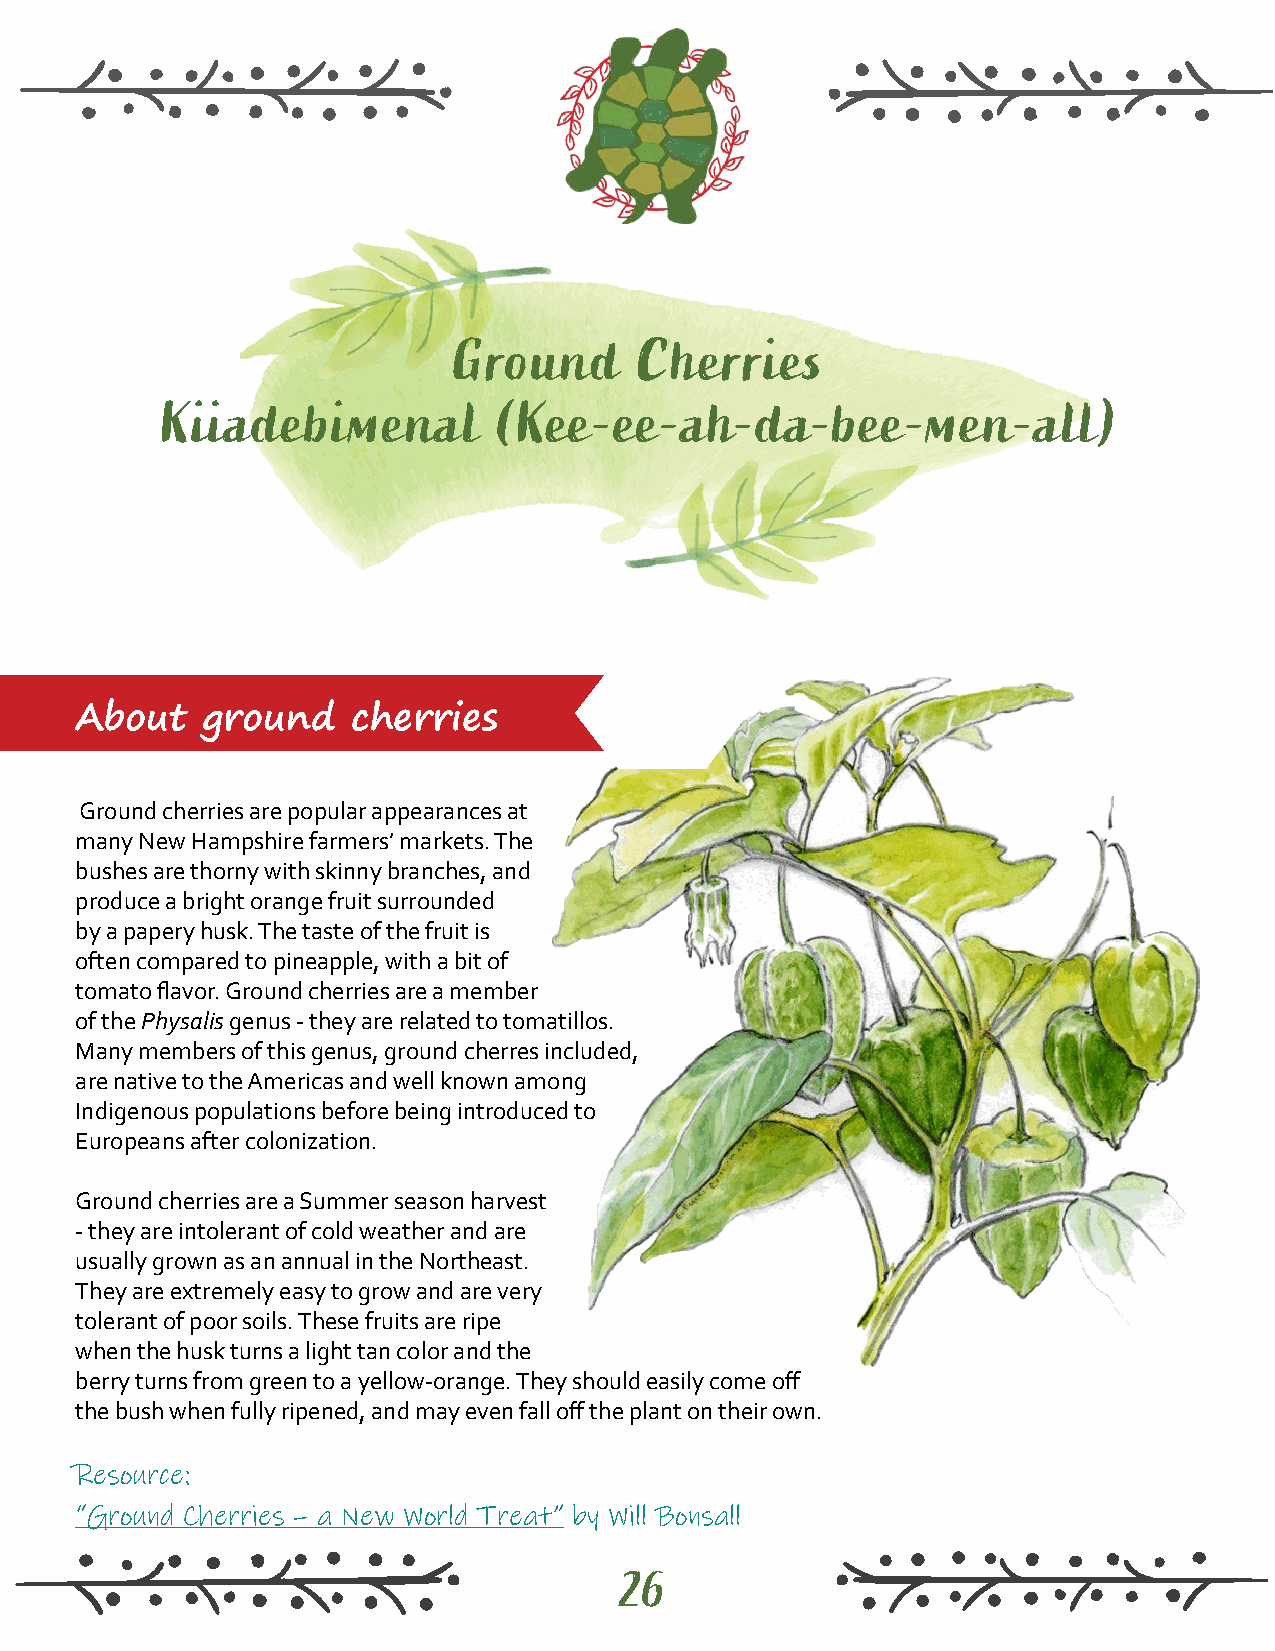
Ground      Cherries
 Kiiadebimenal          (Kee-ee-ah-da-bee-men-all)
 About   ground    cherries
 Ground cherries are popular appearances at
 many New Hampshire farmers’ markets. The
 bushes are thorny with skinny branches, and
 produce a bright orange fruit surrounded
 by a papery husk. The taste of the fruit is
 often compared to pineapple, with a bit of
 tomato flavor. Ground cherries are a member
 of the Physalis genus - they are related to tomatillos.
 Many members of this genus, ground cherres included,
 are native to the Americas and well known among
 Indigenous populations before being introduced to
 Europeans after colonization.
 Ground cherries are a Summer season harvest
 - they are intolerant of cold weather and are
 usually grown as an annual in the Northeast.
 They are extremely easy to grow and are very
 tolerant of poor soils. These fruits are ripe
 when the husk turns a light tan color and the
 berry turns from green to a yellow-orange. They should easily come off
 the bush when fully ripened, and may even fall off the plant on their own.
 Resource:
 “Ground Cherries – a New World Treat” by Will Bonsall
 26